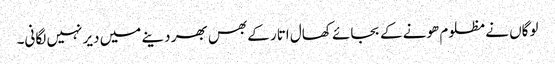
لوگاں نے مظلوم ھونے کے بجائے کھال اتار کے بھس بھر دینے میں دیر نہیں لگانی۔